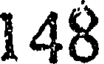
148